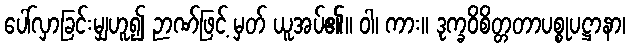
ပေါ်လှာခြင်းမျှဟူ၍ ဉာဏ်ဖြင့် မှတ် ယူအပ်၏။ ဝါ၊ ကား။ ဒုက္ခဝိစိတ္တတာပစ္စုပဋ္ဌာနာ၊